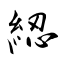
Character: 綛